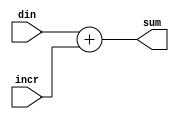
// ========== Copyright Header Begin ==========================================
// 
// OpenSPARC T1 Processor File: tlu_addern_32.v
// Copyright (c) 2006 Sun Microsystems, Inc.  All Rights Reserved.
// DO NOT ALTER OR REMOVE COPYRIGHT NOTICES.
// 
// The above named program is free software; you can redistribute it and/or
// modify it under the terms of the GNU General Public
// License version 2 as published by the Free Software Foundation.
// 
// The above named program is distributed in the hope that it will be 
// useful, but WITHOUT ANY WARRANTY; without even the implied warranty of
// MERCHANTABILITY or FITNESS FOR A PARTICULAR PURPOSE.  See the GNU
// General Public License for more details.
// 
// You should have received a copy of the GNU General Public
// License along with this work; if not, write to the Free Software
// Foundation, Inc., 51 Franklin St, Fifth Floor, Boston, MA 02110-1301, USA.
// 
// ========== Copyright Header End ============================================
////////////////////////////////////////////////////////////////////////
/*
//      Description:    parameterized adder macro
*/
////////////////////////////////////////////////////////////////////////
// Global header file includes
////////////////////////////////////////////////////////////////////////
// system level definition file which contains the/*
/* ========== Copyright Header Begin ==========================================
* 
* OpenSPARC T1 Processor File: sys.h
* Copyright (c) 2006 Sun Microsystems, Inc.  All Rights Reserved.
* DO NOT ALTER OR REMOVE COPYRIGHT NOTICES.
* 
* The above named program is free software; you can redistribute it and/or
* modify it under the terms of the GNU General Public
* License version 2 as published by the Free Software Foundation.
* 
* The above named program is distributed in the hope that it will be 
* useful, but WITHOUT ANY WARRANTY; without even the implied warranty of
* MERCHANTABILITY or FITNESS FOR A PARTICULAR PURPOSE.  See the GNU
* General Public License for more details.
* 
* You should have received a copy of the GNU General Public
* License along with this work; if not, write to the Free Software
* Foundation, Inc., 51 Franklin St, Fifth Floor, Boston, MA 02110-1301, USA.
* 
* ========== Copyright Header End ============================================
*/
// -*- verilog -*-
////////////////////////////////////////////////////////////////////////
/*
//
// Description:		Global header file that contain definitions that 
//                      are common/shared at the systme level
*/
////////////////////////////////////////////////////////////////////////
//
// Setting the time scale
// If the timescale changes, JP_TIMESCALE may also have to change.
`timescale	1ps/1ps

//
// JBUS clock
// =========
//



// Afara Link Defines
// ==================

// Reliable Link




// Afara Link Objects


// Afara Link Object Format - Reliable Link










// Afara Link Object Format - Congestion



  







// Afara Link Object Format - Acknowledge











// Afara Link Object Format - Request

















// Afara Link Object Format - Message



// Acknowledge Types




// Request Types





// Afara Link Frame



//
// UCB Packet Type
// ===============
//

















//
// UCB Data Packet Format
// ======================
//






























// Size encoding for the UCB_SIZE_HI/LO field
// 000 - byte
// 001 - half-word
// 010 - word
// 011 - double-word
// 111 - quad-word







//
// UCB Interrupt Packet Format
// ===========================
//










//`define UCB_THR_HI             9      // (6) cpu/thread ID shared with
//`define UCB_THR_LO             4             data packet format
//`define UCB_PKT_HI             3      // (4) packet type shared with
//`define UCB_PKT_LO             0      //     data packet format







//
// FCRAM Bus Widths
// ================
//






//
// ENET clock periods
// ==================
//




//
// JBus Bridge defines
// =================
//











//
// PCI Device Address Configuration
// ================================
//























                        // time scale definition

////////////////////////////////////////////////////////////////////////
// Local header file includes / local defines
////////////////////////////////////////////////////////////////////////

module	tlu_addern_32 (din, incr, sum);
// synopsys template

parameter ADDER_DATA_WIDTH = 33;
parameter INCR_DATA_WIDTH  =  1;
parameter UPPER_DATA_WIDTH =  ADDER_DATA_WIDTH - INCR_DATA_WIDTH;

input	[ADDER_DATA_WIDTH-1:0]	din;
input	[INCR_DATA_WIDTH-1:0]   incr;
output	[ADDER_DATA_WIDTH-1:0]	sum;
//
////////////////////////////////////////////////////////////////////////
// local signal declaraiont
////////////////////////////////////////////////////////////////////////

assign	sum[ADDER_DATA_WIDTH-1:0] =
            din[ADDER_DATA_WIDTH-1:0] + {{UPPER_DATA_WIDTH{1'b0}},incr[INCR_DATA_WIDTH-1:0]};

endmodule // tlu_addern_32